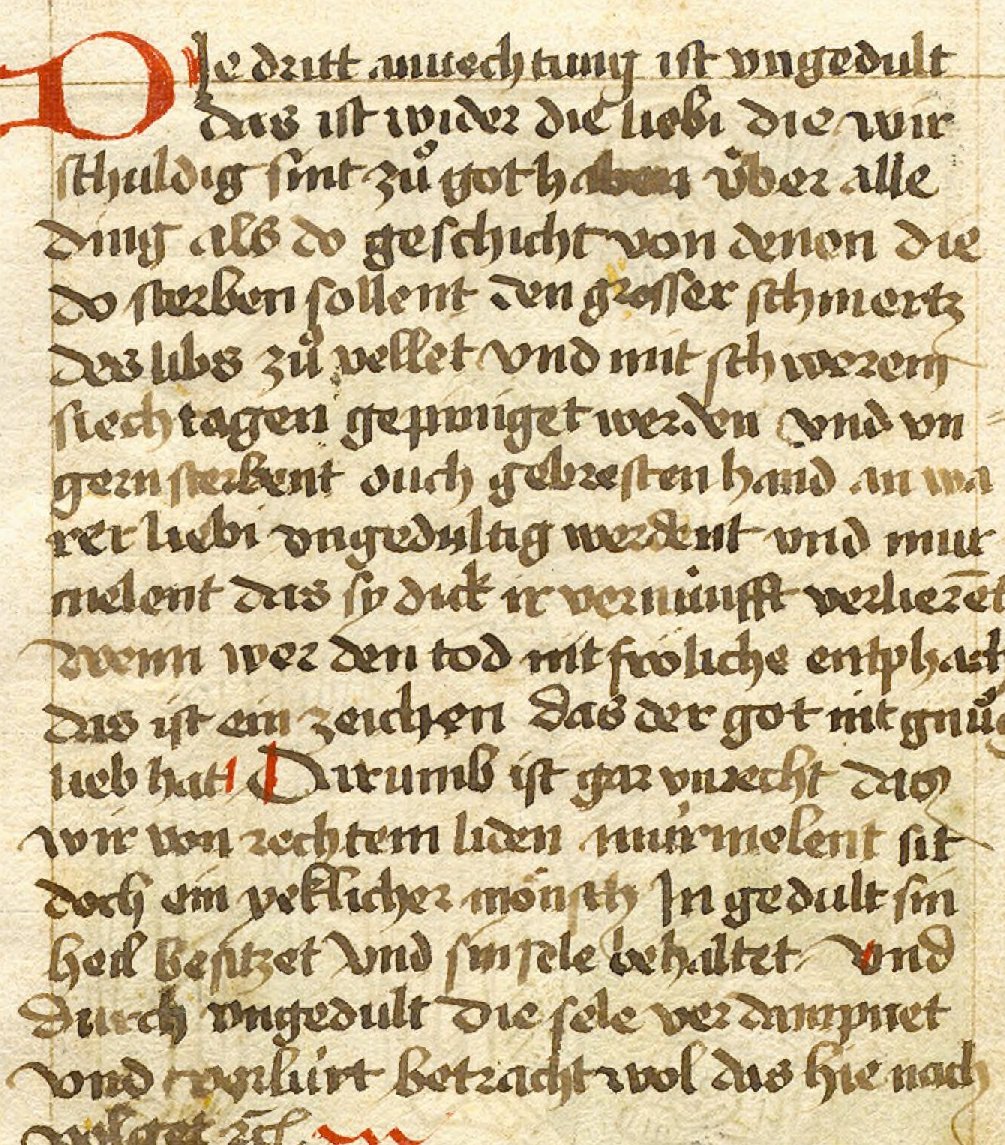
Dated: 1460–1490